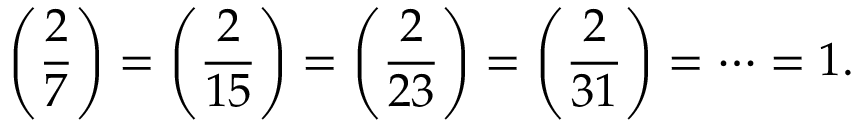
\left( { \frac { 2 } { 7 } } \right) = \left( { \frac { 2 } { 1 5 } } \right) = \left( { \frac { 2 } { 2 3 } } \right) = \left( { \frac { 2 } { 3 1 } } \right) = \cdots = 1 .